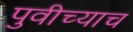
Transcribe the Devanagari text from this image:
पुवीच्याच